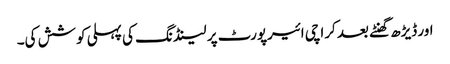
اور ڈیڑھ گھنٹے بعد کراچی ائیرپورٹ پر لینڈنگ کی پہلی کوشش کی۔